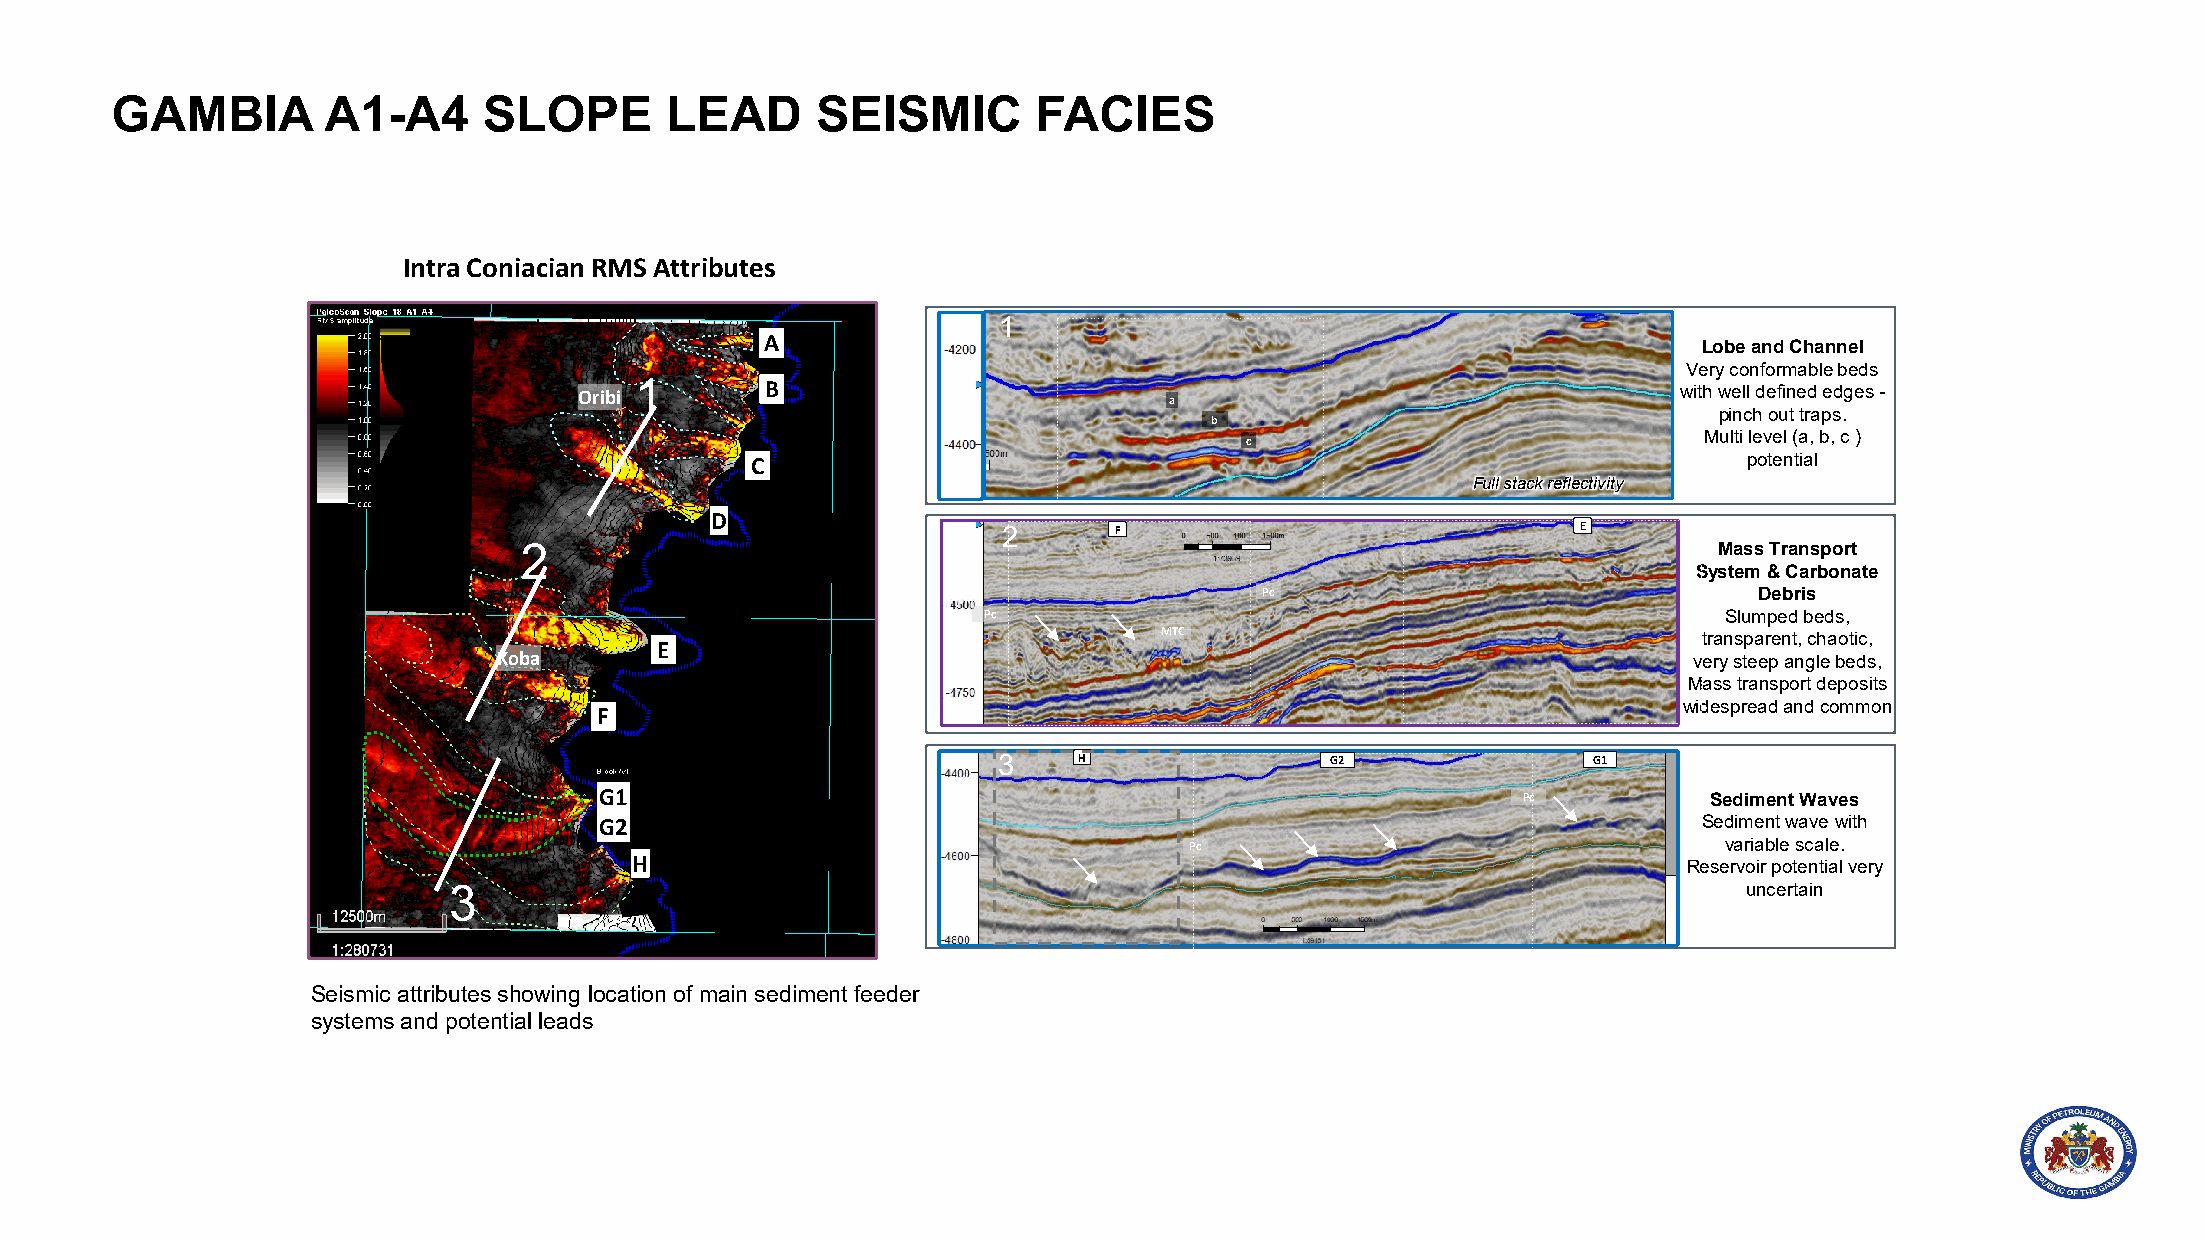
GAMBIA        A1-A4      SLOPE       LEAD      SEISMIC        FACIES
 Intra Coniacian RMS Attributes
 1
 A
 Lobe and Channel
 Very conformable beds
 Oribi 1      B                         a                                 with well defined edges -
 pinch out traps.
 b
 c                              Multi level (a, b, c )
 C                                                                 potential
 Full stack reflectivity
 D
 2       F                              E
 2                                                                               Mass Transport
 System & Carbonate
 Pc                              Debris
 Pc                                               Slumped beds,
 MTC                                 transparent, chaotic,
 E
 Koba                                                                           very steep angle beds,
 Mass transport deposits
 widespread and common
 F
 3    H                G2               G1
 G1                                                           Pc          Sediment Waves
 G2                                                                       Sediment wave with
 Pc                                 variable scale.
 H                                                                     Reservoir potential very
 3                                                                                     uncertain
 Seismic attributes showing location of main sediment feeder
 systems and potential leads